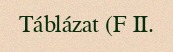
Táblázat (F II.